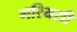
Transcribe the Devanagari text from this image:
गरियसी